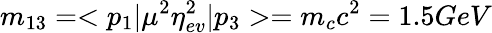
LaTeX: m_{13}=<p_{1}|\mu^{2}\eta_{ev}^{2}|p_{3}>=m_{c}c^{2}=1.5GeV